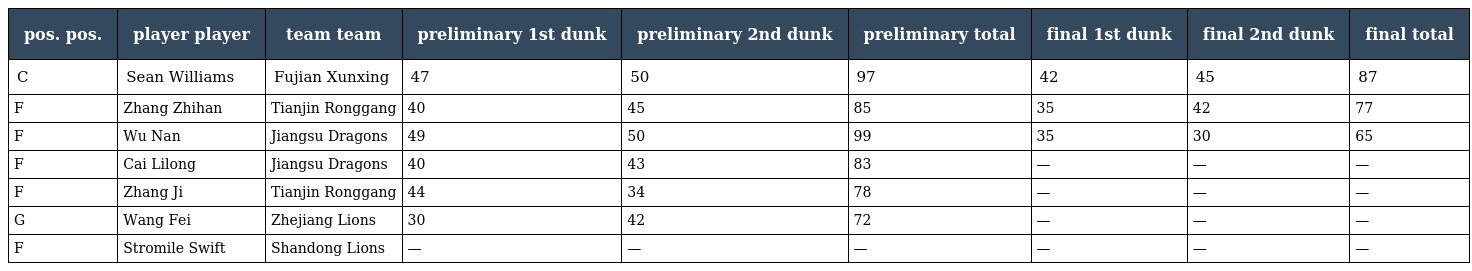
| pos. pos. | player player | team team | preliminary 1st dunk | preliminary 2nd dunk | preliminary total | final 1st dunk | final 2nd dunk | final total |
 | --- | --- | --- | --- | --- | --- | --- | --- | --- |
 | C | Sean Williams | Fujian Xunxing | 47 | 50 | 97 | 42 | 45 | 87 |
 | F | Zhang Zhihan | Tianjin Ronggang | 40 | 45 | 85 | 35 | 42 | 77 |
 | F | Wu Nan | Jiangsu Dragons | 49 | 50 | 99 | 35 | 30 | 65 |
 | F | Cai Lilong | Jiangsu Dragons | 40 | 43 | 83 | — | — | — |
 | F | Zhang Ji | Tianjin Ronggang | 44 | 34 | 78 | — | — | — |
 | G | Wang Fei | Zhejiang Lions | 30 | 42 | 72 | — | — | — |
 | F | Stromile Swift | Shandong Lions | — | — | — | — | — | — |